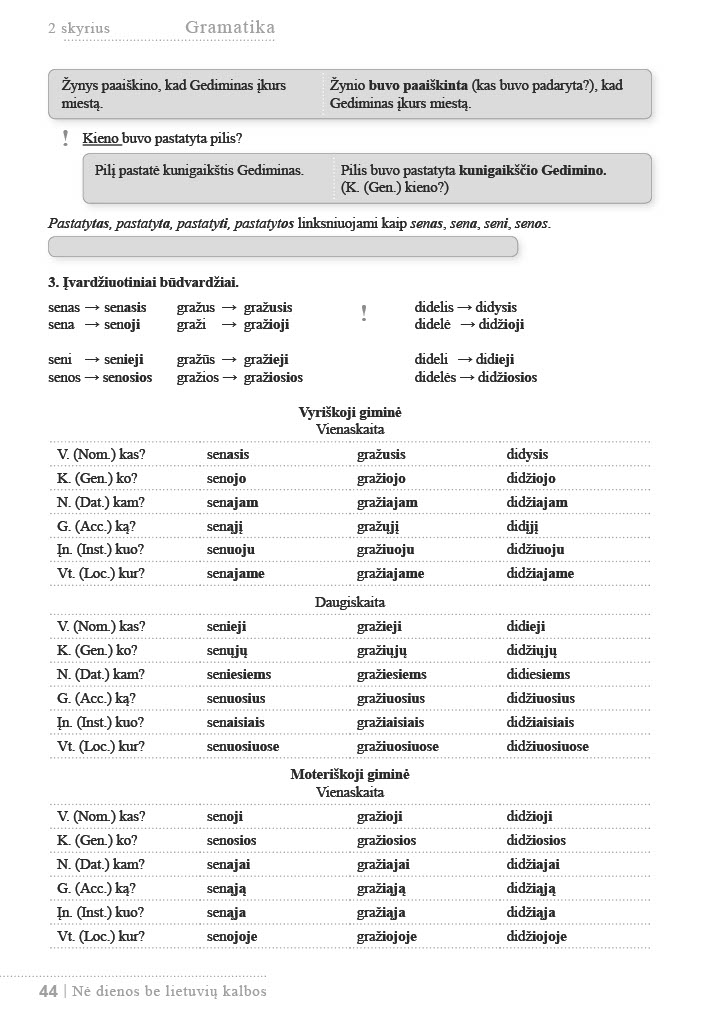
Language: lt